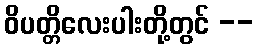
ဝိပတ္တိလေးပါးတို့တွင် --